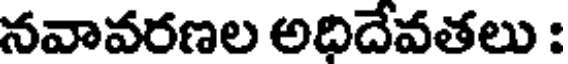
నవావరణల అధిదేవతలు :